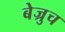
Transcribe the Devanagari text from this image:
बेज्रुच